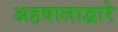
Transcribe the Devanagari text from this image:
अहवालाद्वारे